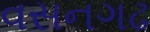
વસનગઢ